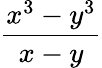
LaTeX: \frac{x^{3}-y^{3}}{x-y}